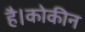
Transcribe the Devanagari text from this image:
है।कोकीन